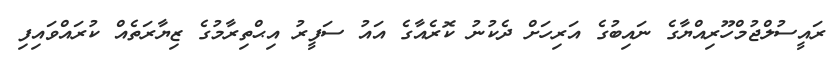
ރައީސުލްޖުމްހޫރިއްޔާގެ ނައިބުގެ އަރިހަށް ދެކުނު ކޮރެއާގެ އައު ސަފީރު އިޙްތިރާމުގެ ޒިޔާރަތެއް ކުރައްވައިފި